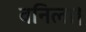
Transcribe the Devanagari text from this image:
वनिला।